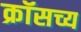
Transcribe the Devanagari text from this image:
क्रॉसच्य